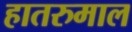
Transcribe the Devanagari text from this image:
हातरुमाल